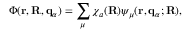
\Phi ( \mathbf { r } , \mathbf { R } , { \bf q } _ { \alpha } ) = \sum _ { \mu } \chi _ { a } ( \mathbf { R } ) \psi _ { \mu } ( \mathbf { r } , { \bf q } _ { \alpha } ; \mathbf { R } ) ,